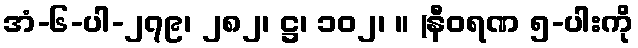
အံ-၆-ပါ-၂၇၉၊ ၂၈၂၊ ဋ္ဌ၊ ၁၀၂၊ ။ (နီဝရဏ ၅-ပါးကို